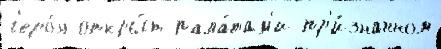
г'еро́я откры́т пала́там'и пр'и́знанном